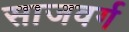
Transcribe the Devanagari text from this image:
साजवर्ग